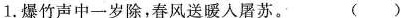
1.爆竹声中一岁除，春风送暖入屠苏。 ()